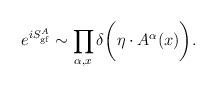
LaTeX: \begin{align*}e^{iS^A_{\rm gf}}\sim \prod_{\alpha,x}\delta\biggl(\eta\cdot A^\alpha(x)\biggr).\end{align*}